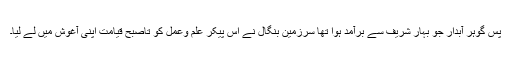
پس گوہرِ آبدار جو بہار شریف سے برآمد ہوا تھا سرزمینِ بنگال نے اُس پیکرِ علم وعمل کو تاصبحِ قیامت اپنی آغوش میں لے لیا۔